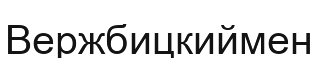
Вержбицкиймен